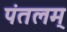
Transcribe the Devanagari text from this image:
पंतलम्